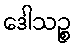
ဒေါသဉ္စ